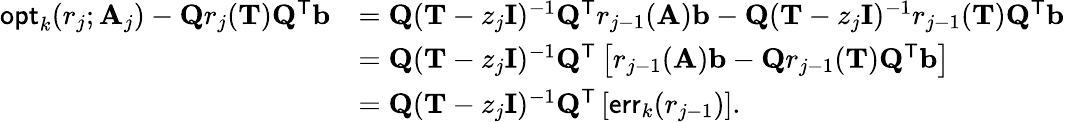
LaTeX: \begin{array}{rl}{\mathsf{opt}_{k}(r_{j};\mathbf{A}_{j})-\mathbf{Q}r_{j}(\mathbf{T})\mathbf{Q}^{\mathsf{T}}\mathbf{b}}&{=\mathbf{Q}(\mathbf{T}-z_{j}\mathbf{I})^{-1}\mathbf{Q}^{\mathsf{T}}r_{j-1}(\mathbf{A})\mathbf{b}-\mathbf{Q}(\mathbf{T}-z_{j}\mathbf{I})^{-1}r_{j-1}(\mathbf{T})\mathbf{Q}^{\mathsf{T}}\mathbf{b}}\\ &{=\mathbf{Q}(\mathbf{T}-z_{j}\mathbf{I})^{-1}\mathbf{Q}^{\mathsf{T}}\left[r_{j-1}(\mathbf{A})\mathbf{b}-\mathbf{Q}r_{j-1}(\mathbf{T})\mathbf{Q}^{\mathsf{T}}\mathbf{b}\right]}\\ &{=\mathbf{Q}(\mathbf{T}-z_{j}\mathbf{I})^{-1}\mathbf{Q}^{\mathsf{T}}\left[\mathsf{err}_{k}(r_{j-1})\right].}\end{array}